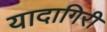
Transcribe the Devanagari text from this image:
यादागिरी